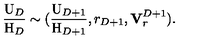
\frac { \mathrm { U } _ { D } } { \mathrm { H } _ { D } } \sim ( \frac { \mathrm { U } _ { D + 1 } } { \mathrm { H } _ { D + 1 } } , r _ { D + 1 } , { \bf V } _ { r } ^ { D + 1 } ) .